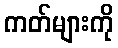
ကတ်များကို